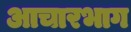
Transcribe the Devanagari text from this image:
आचारभाग